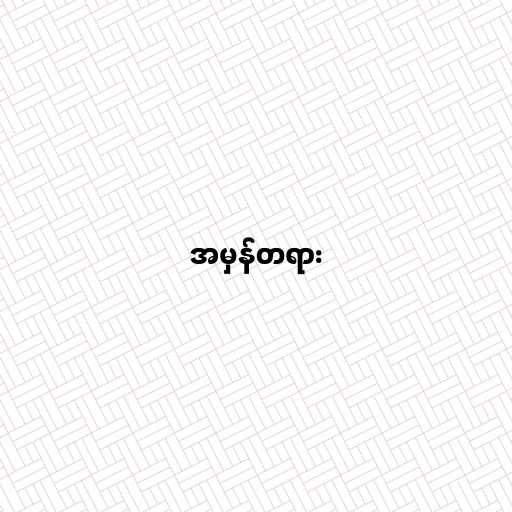
အမှန်တရား